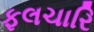
ફલચારિ